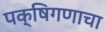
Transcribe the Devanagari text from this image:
पक्षिगणाचा